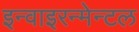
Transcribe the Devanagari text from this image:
इन्वाइरन्मेन्टल